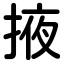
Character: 掖